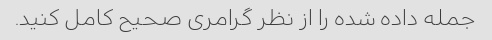
جمله داده شده را از نظر گرامری صحیح کامل کنید.